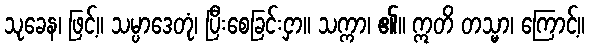
သုခေန၊ ဖြင့်။ သမ္ပာဒေတုံ၊ ပြီးစေခြင်းငှာ။ သက္ကာ၊ ၏။ ဣတိ တသ္မာ၊ ကြောင့်။